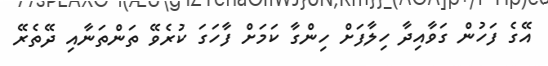
އޭގެ ފަހުން ގަވާއިދާ ހިލާފަށް ހިންގާ ކަމަށް ފާހަގަ ކުރެވޭ ތަންތަނާއި ދޭތެރޭ